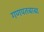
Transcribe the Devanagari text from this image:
गणपतबाबा